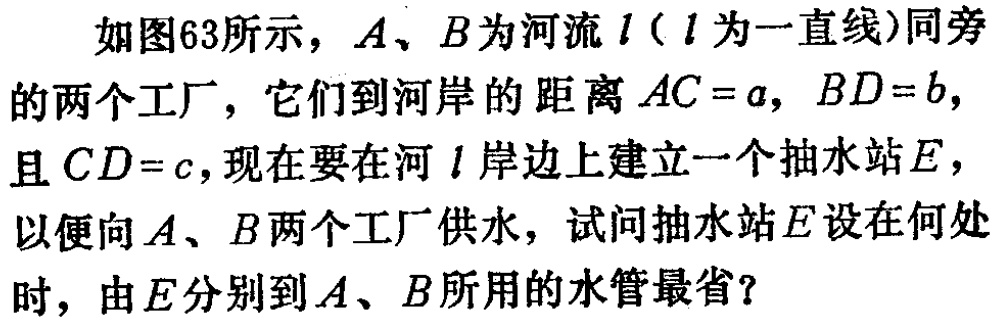
如图63所示，$A$、$B$为河流$l$（$l$为一直线）同旁的两个工厂，它们到河岸的距离$AC = a$，$BD = b$，且$CD = c$，现在要在河$l$岸边上建立一个抽水站$E$，以便向$A$、$B$两个工厂供水，试问抽水站$E$设在何处时，由$E$分别到$A$、$B$所用的水管最省？